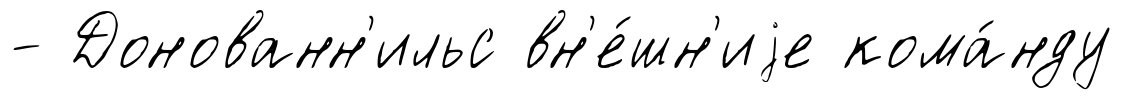
- Донованн'ильс вн'е́шн'иjе кома́нду